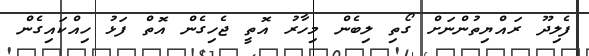
ފެލިދޫ ރައްޔިތުންނަށް ގޯތި ލިބެން މިހާރު އޮތީ ޖެހިގެން އޮތް ފަޅު ހިއްކައިގެން